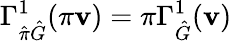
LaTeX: \Gamma_{\hat{\pi}\hat{G}}^{1}(\pi\mathbf{v})=\pi\Gamma_{\hat{G}}^{1}(\mathbf{v})